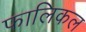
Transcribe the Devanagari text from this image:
फालिकल